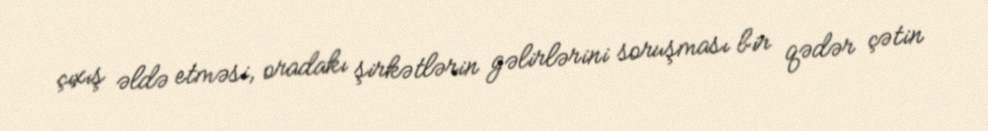
çıxış əldə etməsi, oradakı şirkətlərin gəlirlərini soruşması bir qədər çətin